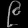
Digit: ၉